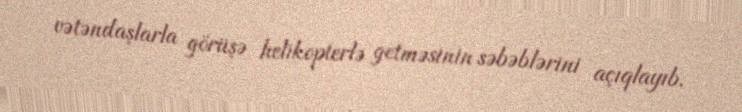
vətəndaşlarla görüşə helikopterlə getməsinin səbəblərini açıqlayıb.